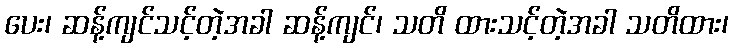
ပေး၊ ဆန့်ကျင်သင့်တဲ့အခါ ဆန့်ကျင်၊ သတိ ထားသင့်တဲ့အခါ သတိထား၊